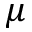
\mu